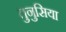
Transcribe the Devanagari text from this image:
तुनुसिया